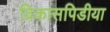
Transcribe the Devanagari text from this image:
विकासपिडीया